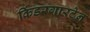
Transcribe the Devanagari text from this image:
किंडरगारटेन